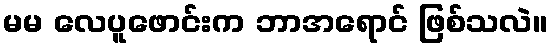
မမ လေပူဖောင်းက ဘာအရောင် ဖြစ်သလဲ။